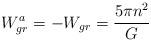
LaTeX: \begin{align*}W^a_{gr}=-W_{gr}={5\pi n^2\over G}\end{align*}